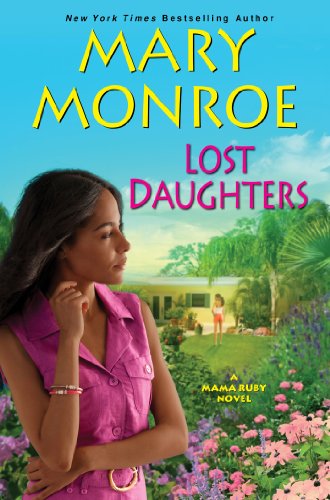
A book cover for Lost Daughters (A Mama Ruby Novel); Mary Monroe; Literature & Fiction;